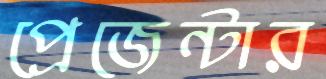
প্রেজেন্টার